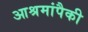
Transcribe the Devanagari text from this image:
आश्रमांपैकी